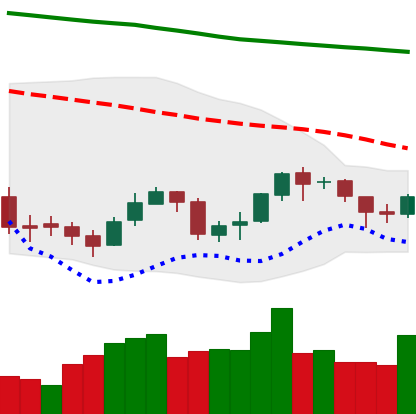
Ticker: BNB-USD
Chart end date: 2018-09-27
Forward return: 3.246%
Label: up_3_5